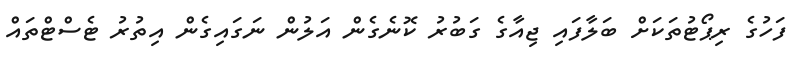
ފަހުގެ ރިޕޯޓުތަކަށް ބަލާފައި ޖިއާގެ ގަބުރު ކޮނެގެން އަލުން ނަގައިގެން އިތުރު ޓެސްޓްތައް